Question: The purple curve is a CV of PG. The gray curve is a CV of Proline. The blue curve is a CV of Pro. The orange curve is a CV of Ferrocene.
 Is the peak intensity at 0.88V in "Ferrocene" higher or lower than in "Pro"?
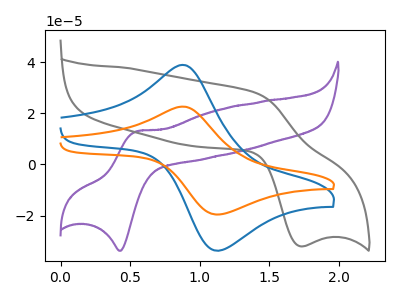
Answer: <think>The purple curve "PG" has an anodic peak at (0.55V, 12.90uA) and a cathodic peak at (0.45V, -33.75uA). The gray curve "Proline" has an anodic peak at (1.40V, 27.95uA) and a cathodic peak at (1.70V, -32.00uA). The blue curve "Pro" has an anodic peak at (0.90V, 38.85uA) and a cathodic peak at (1.10V, -33.65uA). The orange curve "Ferrocene" has an anodic peak at (0.90V, 22.55uA) and a cathodic peak at (1.10V, -19.55uA).</think>
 <answer>The peak at 0.88V is lower in "Ferrocene" than in "Pro".</answer>
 <eval>lower</eval>